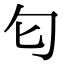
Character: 匂